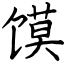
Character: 馍